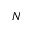
N